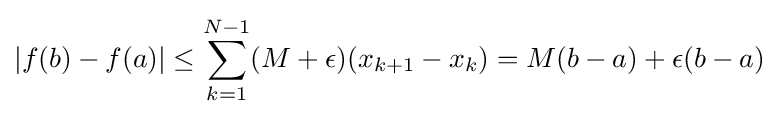
|f(b)-f(a)|\leq \sum _{k=1}^{N-1}(M+\epsilon )(x_{k+1}-x_{k})=M(b-a)+\epsilon (b-a)